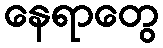
နေရာတွေ